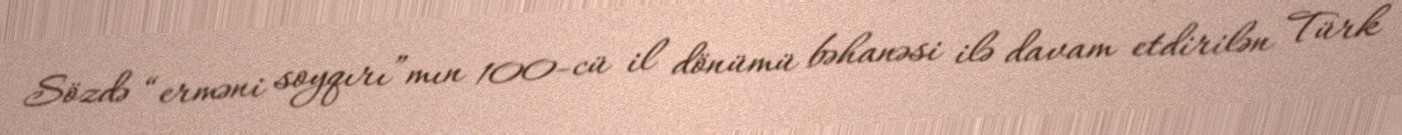
Sözdə “erməni soyqırı”mın 100-cü il dönümü bəhanəsi ilə davam etdirilən Türk